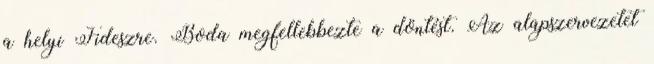
a helyi Fideszre. Boda megfellebbezte a döntést. Az alapszervezetet